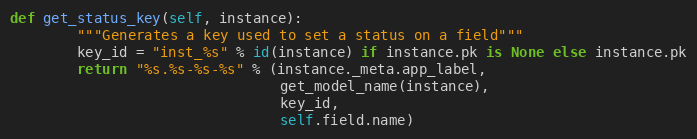
Language: Python
def get_status_key(self, instance):
        """Generates a key used to set a status on a field"""
        key_id = "inst_%s" % id(instance) if instance.pk is None else instance.pk
        return "%s.%s-%s-%s" % (instance._meta.app_label,
                                get_model_name(instance),
                                key_id,
                                self.field.name)